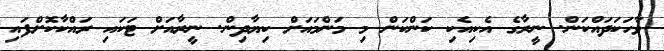
ވާހަކަދައްކަން. ނީރާގެ އެކިއެކި ކަންކަން މި މަންމައަށް ކިޔާދިން. ނީރާއަށް ޓަކައި ރައްކާކޮށްފައި